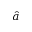
\hat { a }